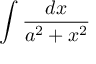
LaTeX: \int { \frac { d x } { a ^ { 2 } + x ^ { 2 } } }